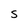
Character: S